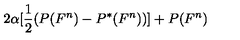
2 \alpha [ \frac { 1 } { 2 } ( P ( F ^ { n } ) - P ^ { \ast } ( F ^ { n } ) ) ] + P ( F ^ { n } )